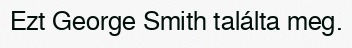
Ezt George Smith találta meg.